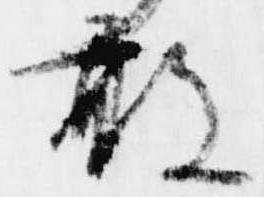
敢